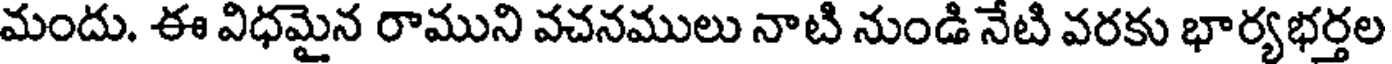
మందు. ఈ విధమైన రాముని వచనములు నాటి నుండి నేటి వరకు భార్యభర్తల